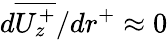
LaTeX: d\overline{{U_{z}^{+}}}/{dr^{+}}\approx 0